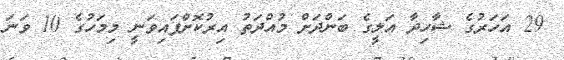
29 އަހަރުގެ ޝާހިދާ އަލީގެ ބަންދަށް މުއްދަތު އިރުކޮށްފައިވަނީ މިމަހުގެ 10 ވަނަ